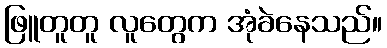
ဖြူတူတူ လူတွေက အုံခဲနေသည်။